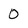
Character: 0